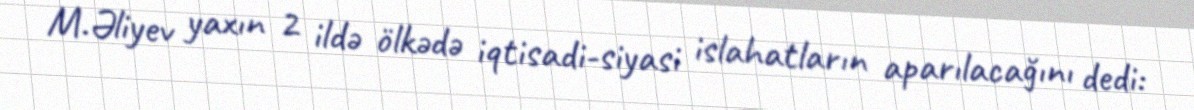
M.Əliyev yaxın 2 ildə ölkədə iqtisadi-siyasi islahatların aparılacağını dedi: